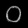
Digit: ၀